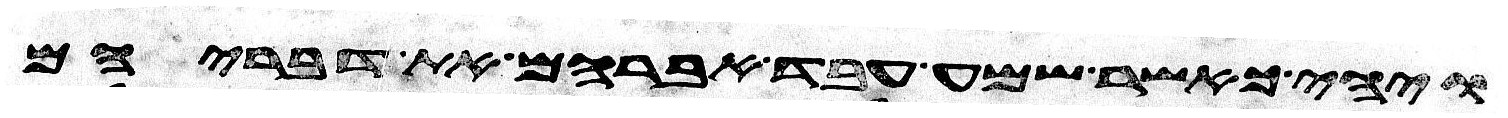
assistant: ויהי כאשר שמע עבד אברהם את דבריהם